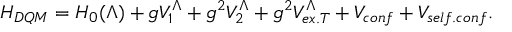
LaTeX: H _ { D Q M } = H _ { 0 } ( \Lambda ) + g V _ { 1 } ^ { \Lambda } + g ^ { 2 } V _ { 2 } ^ { \Lambda } + g ^ { 2 } V _ { e x . T } ^ { \Lambda } + V _ { c o n f } + V _ { s e l f . c o n f } .